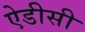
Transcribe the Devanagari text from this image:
ऐडीसी